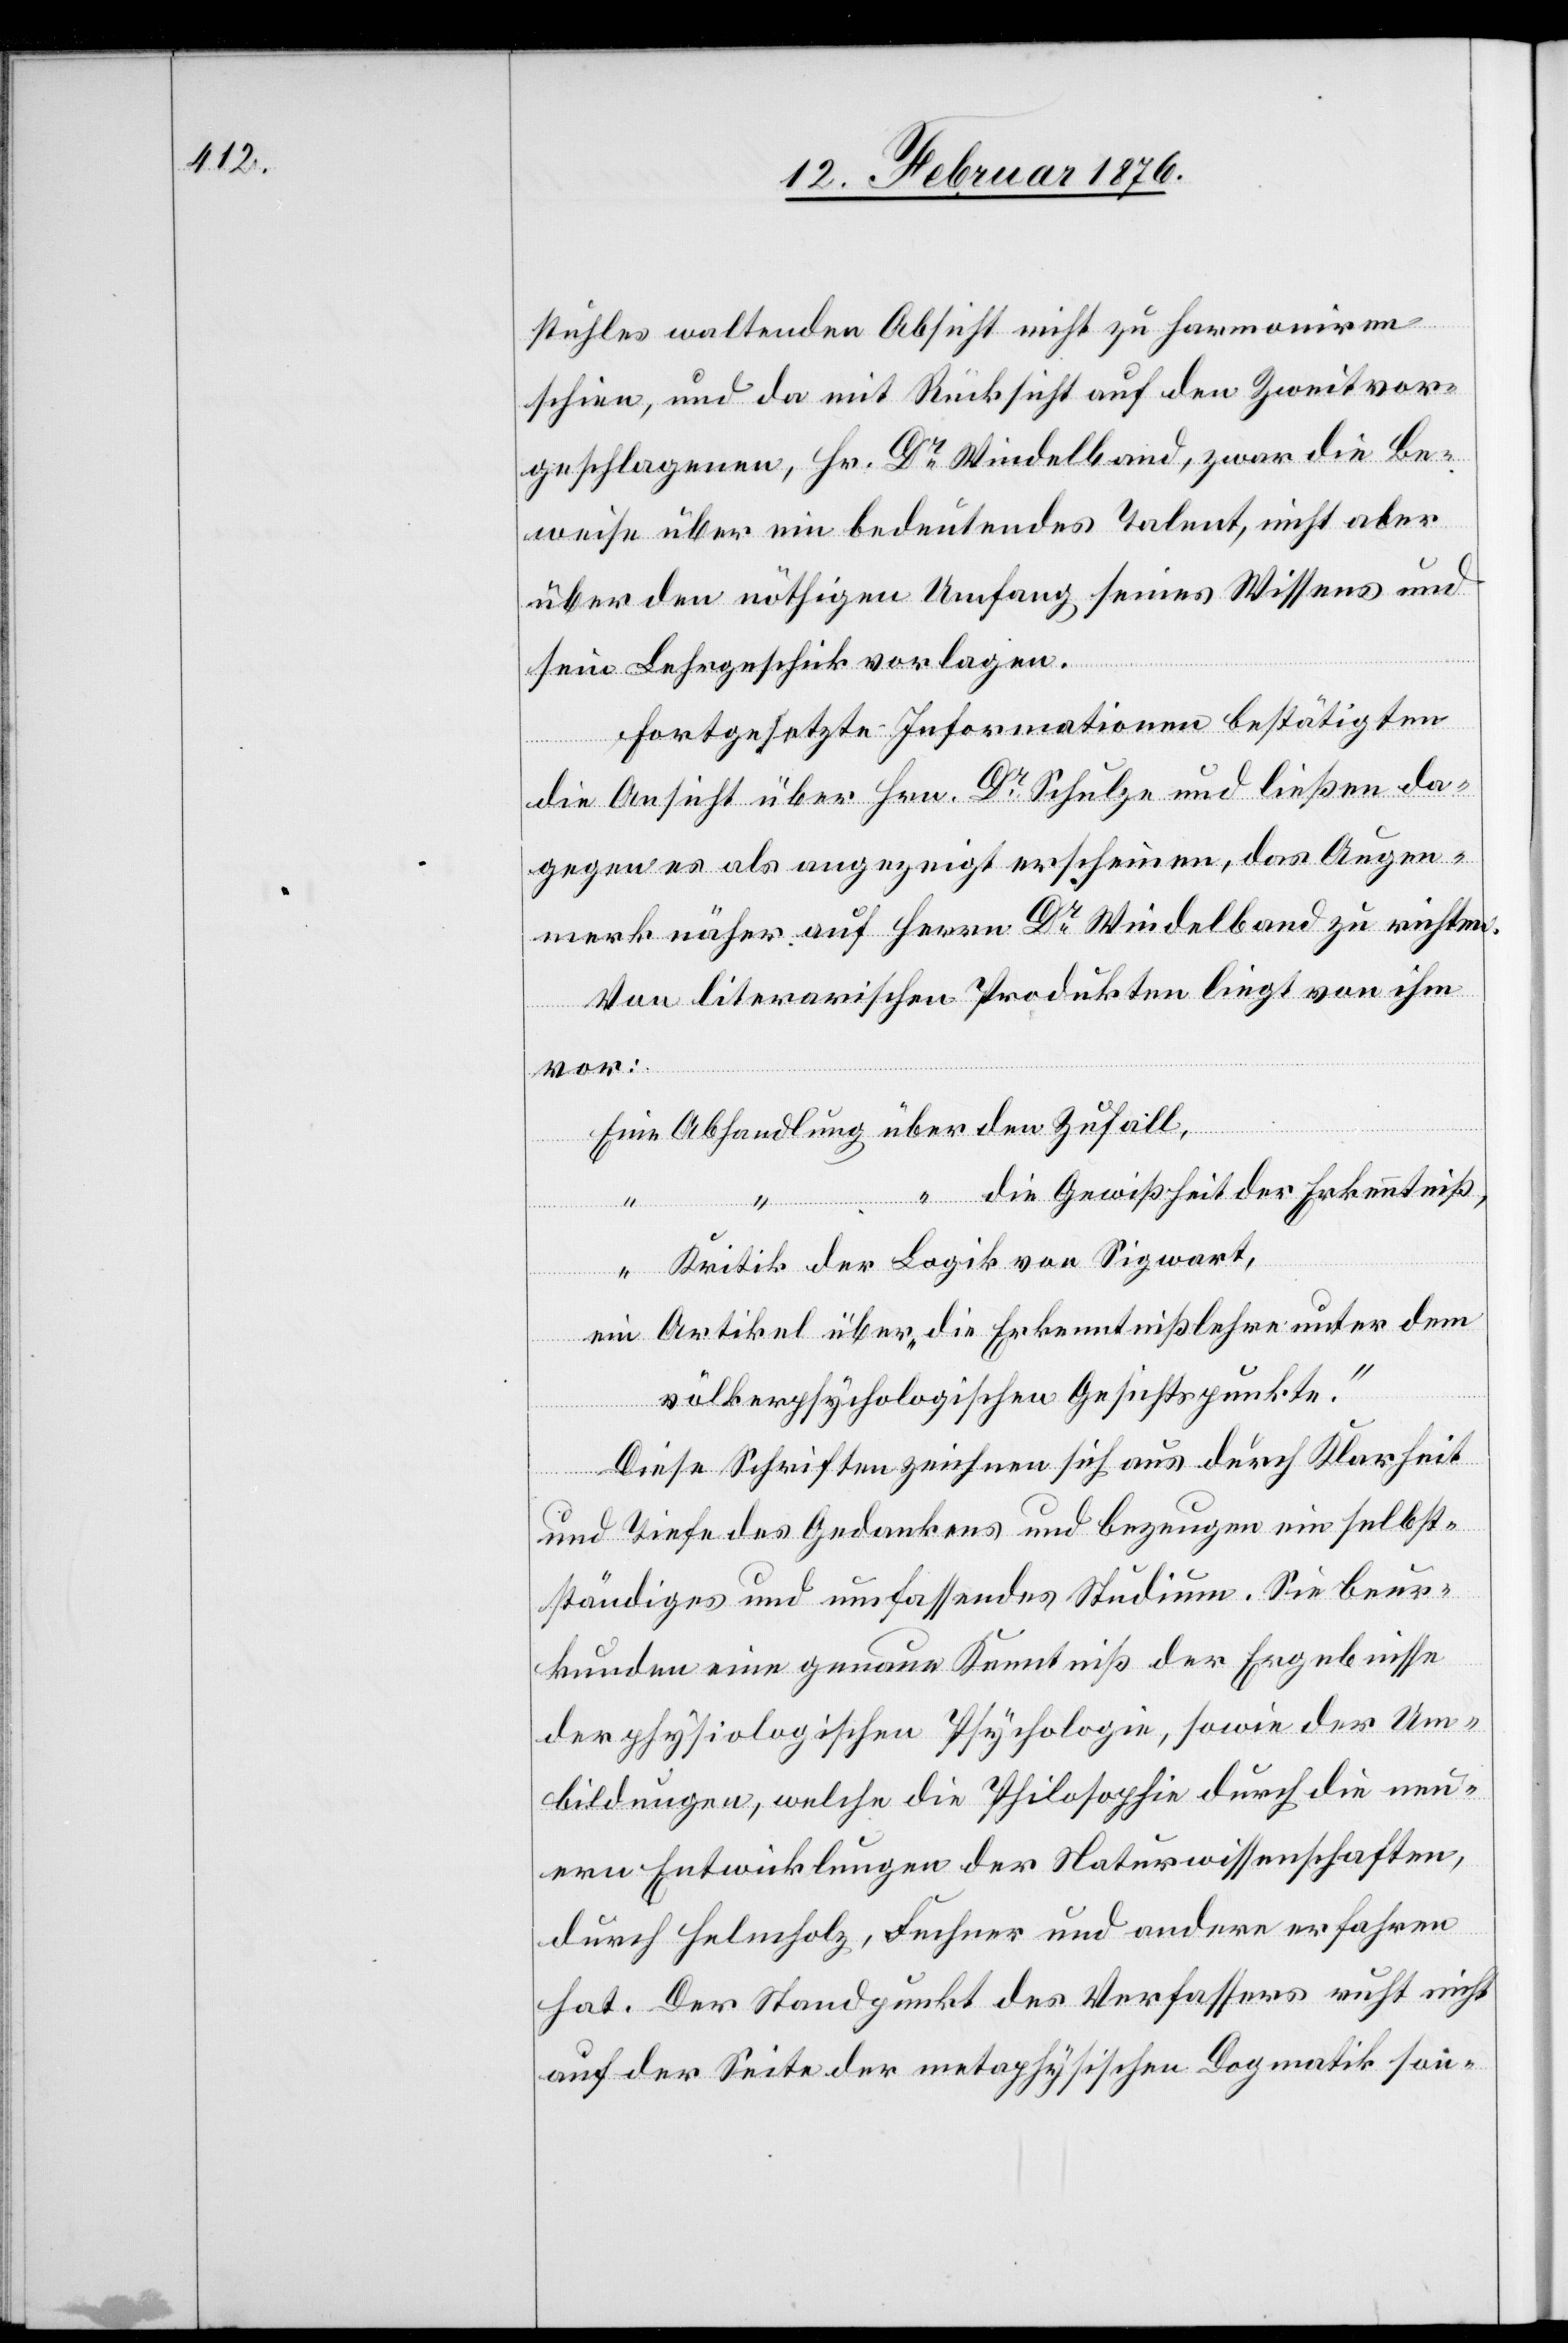
stuhles waltenden Absicht nicht zu harmonieren
schien, und da mit Rücksicht auf den Zweitvor¬
geschlagenen, Hr. Dr Windelband [recte: Hr.
weise über ein bedeutendes Talent, nicht aber
über den nöthigen Umfang seines Wissens und
dem
sein Lehrgeschick vorlagen.
Fortgesetzte Informationen bestätigten
die Ansicht über Hrn. Dr Schulze und ließen da¬
gegen es als angezeigt erscheinen, das Augen¬
merk näher auf Herrn Dr Windelband zu richten.
Von literarischen Produkten liegt von ihm
vor:
der
die Gewißheit der Erkenntniß
völkerpsychologischen Gesichtspunkte.“
Diese Schriften zeichnen sich aus durch Klarheit
und Tiefe des Gedankens und bezeugen ein selbst¬
ständiges und umfassendes Studium. Sie beur¬
kunden eine genaue Kenntniß der Ergebnisse
der philosophischen Psychologie, sowie der Um¬
bildungen, welche die Philosophie durch die neu¬
eren Entwicklungen der Naturwissenschaften,
durch Helmholz, Buchner und andern erfahren
hat. Der Standpunkt des Verfassers ruht nicht
auf der Seite der metaphysischen Dogmatik son-